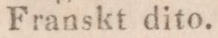
Franskt dito.